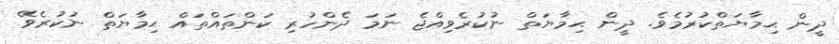
ދީން ޙިމާޔަތްކުރުމެވެ. ދީން ޙިމާޔަތް ނުކުރެވިއްޖެ ނަމަ ދެންހުރި ކަންތައްތައް ޙިމާޔަތް ނުކުރެވޭ